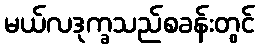
မယ်လဒုက္ခသည်စခန်းတွင်